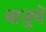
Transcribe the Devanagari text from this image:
बाजुयें